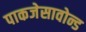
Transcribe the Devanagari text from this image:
पाकजेसावोन्ड